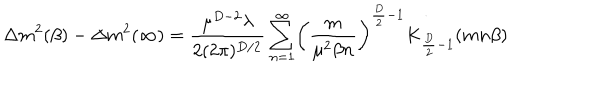
\Delta m ^ { 2 } ( \beta ) - \Delta m ^ { 2 } ( \infty ) = \frac { \mu ^ { D - 2 } \lambda } { 2 ( 2 \pi ) ^ { D / 2 } } \sum _ { n = 1 } ^ { \infty } \biggl ( \frac { m } { \mu ^ { 2 } \beta n } \biggr ) ^ { \frac { D } { 2 } - 1 } K _ { \frac { D } { 2 } - 1 } ( m n \beta )